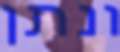
ונתן